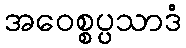
အဝေစ္စပ္ပသာဒံ